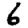
Digit: 6